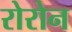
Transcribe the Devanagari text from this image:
रोरोन